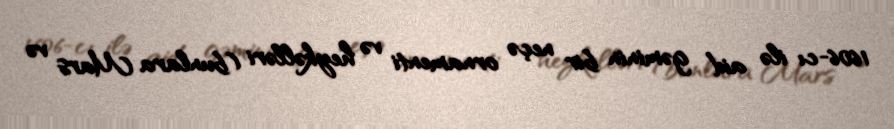
1606-cı ilə aid gəminin bir neçə ornamenti və heykəlləri (bunlara Mars və